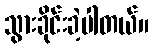
သွားခိုင်းခဲ့ပါတယ်။